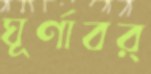
ঘূর্ণাবর্